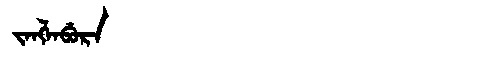
Manchu: ᠵᠠᠩᠯᠠᠪᡠᡵᠠ
Romanization: JANGLABURA